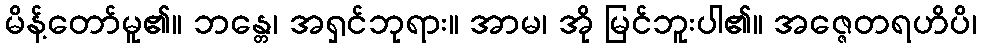
မိန့်တော်မူ၏။ ဘန္တေ၊ အရှင်ဘုရား။ အာမ၊ အို မြင်ဘူးပါ၏။ အဇ္ဇေတရဟိပိ၊